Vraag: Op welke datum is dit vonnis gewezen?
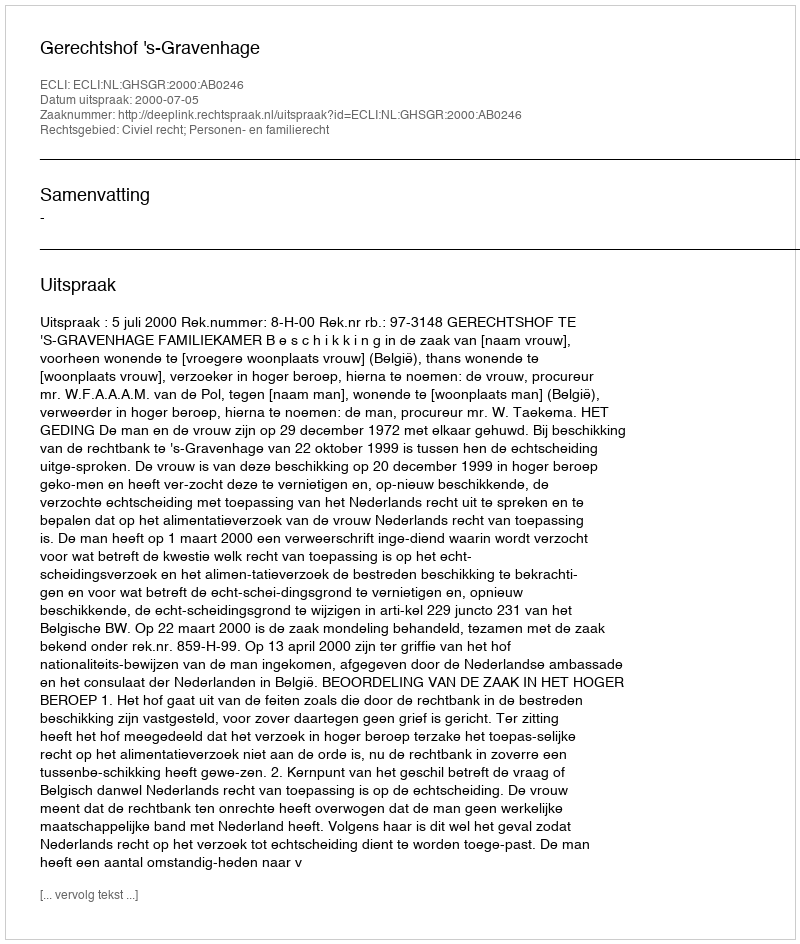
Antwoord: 2000-07-05